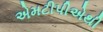
એમટીપીએથી